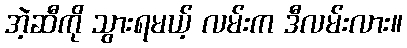
အဲ့ဆီကို သွားရမယ့် လမ်းက ဒီလမ်းလား။